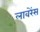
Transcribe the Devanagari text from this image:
लावरेंस